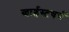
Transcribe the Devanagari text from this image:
ख्राईस्टचर्च